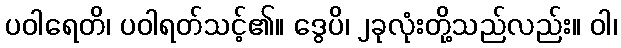
ပဝါရေတိ၊ ပဝါရတ်သင့်၏။ ဒွေပိ၊ ၂ခုလုံးတို့သည်လည်း။ ဝါ၊